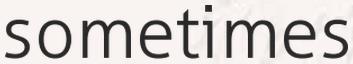
sometimes